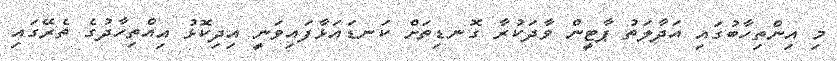
މި އިންތިހާބުގައި އަދާލަތު ޕާޓީން ވާދަކުރާ ގޮނޑިތަށް ކަނޑައަޅާފައިވަނީ އިދިކޮޅު އިއްތިހާދުގެ ތެރޭގައި